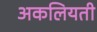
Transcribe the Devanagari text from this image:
अकलियती